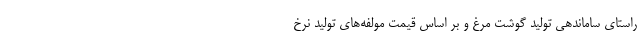
راستای ساماندهی تولید گوشت مرغ و بر اساس قیمت مولفه‌های تولید نرخ